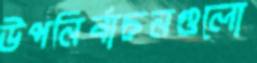
উপনির্বাচনগুলো